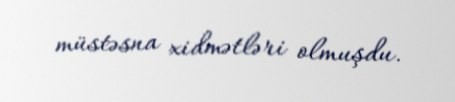
müstəsna xidmətləri olmuşdu.